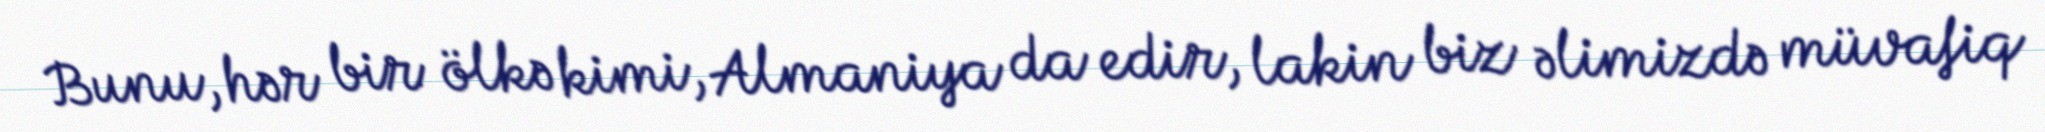
Bunu, hər bir ölkə kimi, Almaniya da edir, lakin biz əlimizdə müvafiq